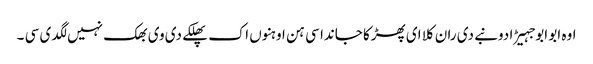
اوہ ابو ابو جہیڑا دونبے دی ران کلا ای پھڑکا جاندا سی ہن اوہنوں اک پھلکے دی وی بھک نہیں لگدی سی ۔